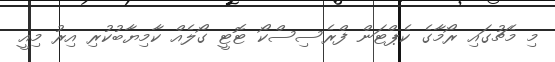
މި މެޗުގައި ރޯމާގެ ކެޕްޓަން ފްރެސިސްކޯ ޓޮޓީ ގޯލެއް ކާމިޔާބުކުރި އިރު މިއީ